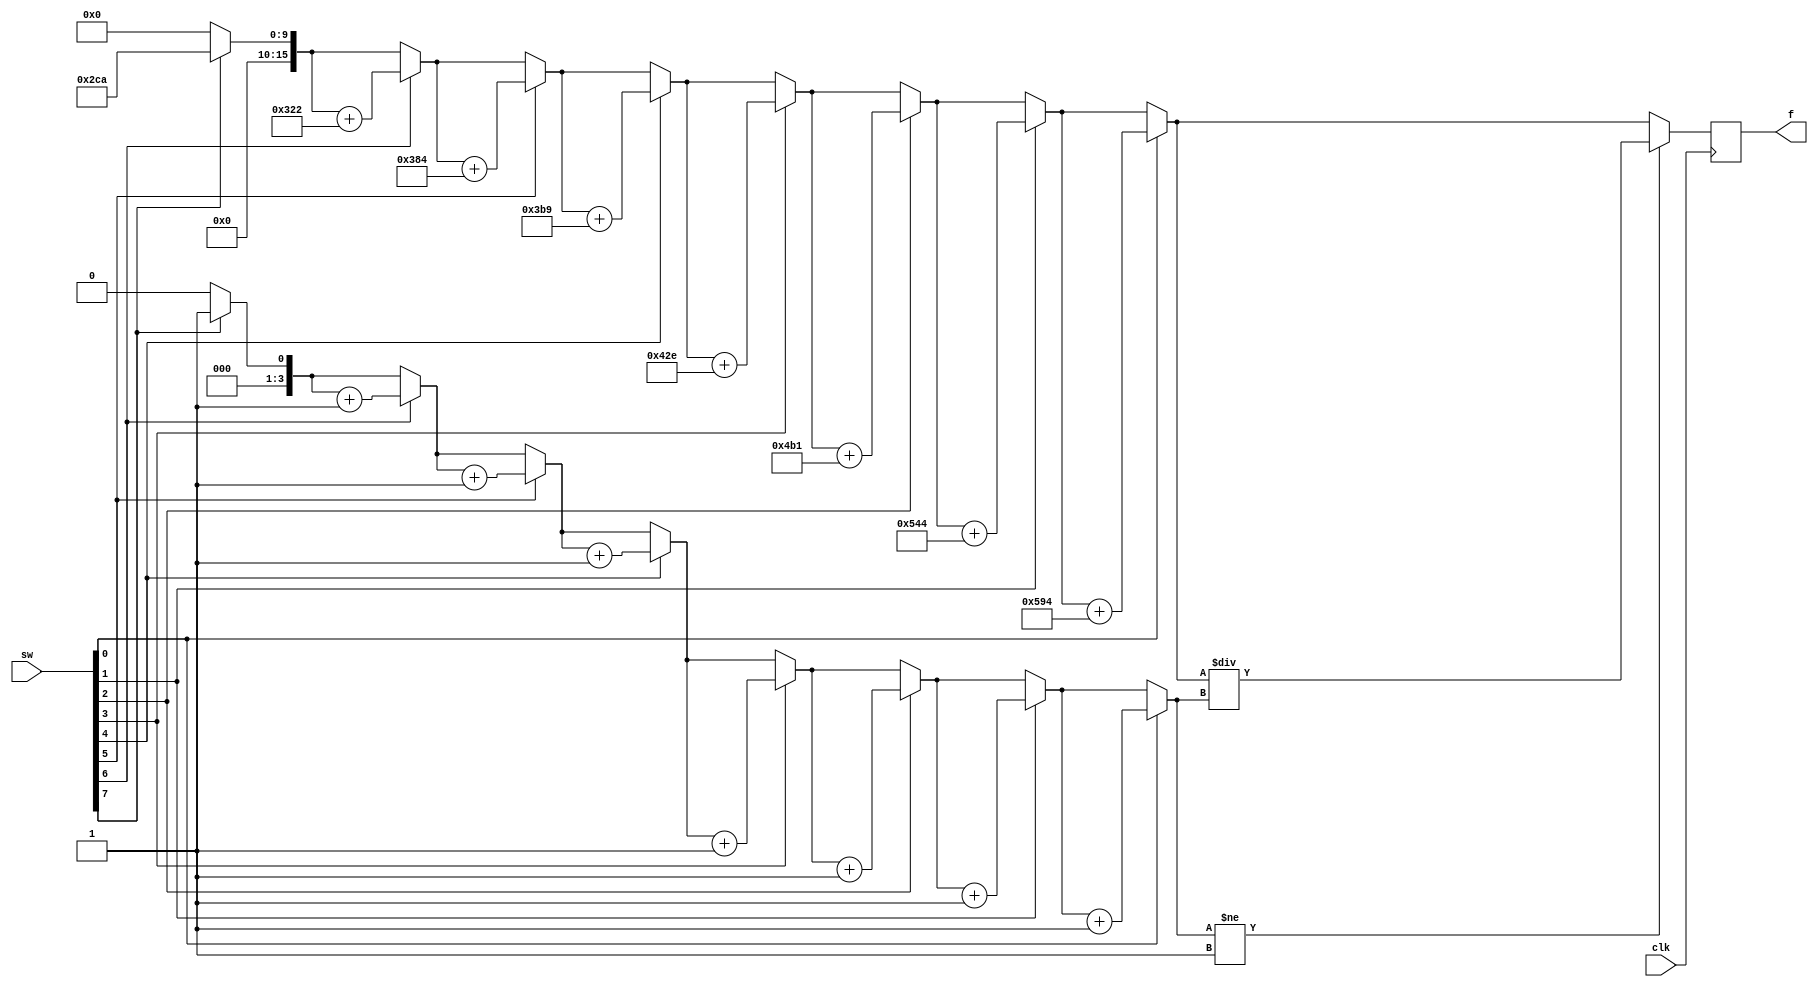
module button(
clk,
sw,
f,
);
input clk;
input[7:0]sw;
output reg[15:0]f;
reg [3:0]soundnum;

always@(posedge clk)
begin
f=0;
soundnum=0;
if(sw[7]==1)
begin
f=f+16'd714;soundnum=soundnum+1;
end

if(sw[6]==1)
begin
f=f+16'd802;soundnum=soundnum+1;
end

if(sw[5]==1)
begin
f=f+16'd900;soundnum=soundnum+1;
end

if(sw[4]==1)
begin
f=f+16'd953;soundnum=soundnum+1;
end

if(sw[3]==1)
begin
f=f+16'd1070;soundnum=soundnum+1;
end

if(sw[2]==1)
begin
f=f+16'd1201;soundnum=soundnum+1;
end

if(sw[1]==1)
begin
f=f+16'd1348;soundnum=soundnum+1;
end

if(sw[0]==1)
begin
f=f+16'd1428;soundnum=soundnum+1;
end

if(soundnum!=1)
begin
f=f/soundnum;
end

end

endmodule